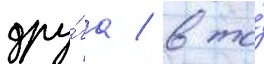
дру́га / в то́